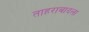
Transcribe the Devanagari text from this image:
ताहराबादला